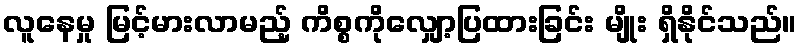
လူနေမှု မြင့်မားလာမည့် ကိစ္စကိုလျှော့ပြထားခြင်း မျိုး ရှိနိုင်သည်။